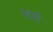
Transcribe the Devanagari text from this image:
लर्श